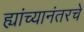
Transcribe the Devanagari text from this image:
ह्यांच्यानंतरचे